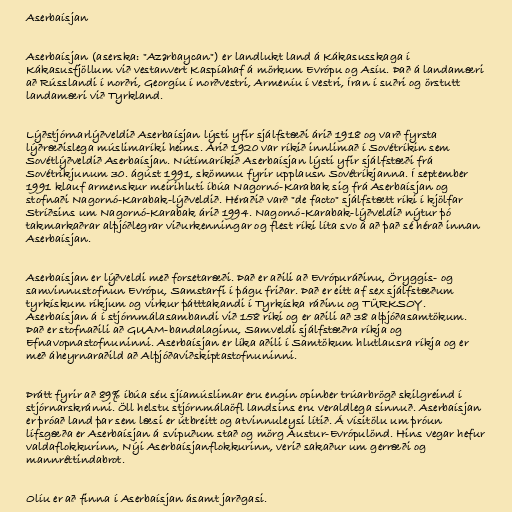
Aserbaísjan

Aserbaísjan (aserska: "Azərbaycan") er landlukt land á Kákasusskaga í
Kákasusfjöllum við vestanvert Kaspíahaf á mörkum Evrópu og Asíu. Það á landamæri
að Rússlandi í norðri, Georgíu í norðvestri, Armeníu í vestri, Íran í suðri og örstutt
landamæri við Tyrkland.

Lýðstjórnarlýðveldið Aserbaísjan lýsti yfir sjálfstæði árið 1918 og varð fyrsta
lýðræðislega múslimaríki heims. Árið 1920 var ríkið innlimað í Sovétríkin sem
Sovétlýðveldið Aserbaísjan. Nútímaríkið Aserbaísjan lýsti yfir sjálfstæði frá
Sovétríkjunum 30. ágúst 1991, skömmu fyrir upplausn Sovétríkjanna. Í september
1991 klauf armenskur meirihluti íbúa Nagornó-Karabak sig frá Aserbaísjan og
stofnaði Nagornó-Karabak-lýðveldið. Héraðið varð "de facto" sjálfstætt ríki í kjölfar
Stríðsins um Nagornó-Karabak árið 1994. Nagornó-Karabak-lýðveldið nýtur þó
takmarkaðrar alþjóðlegrar viðurkenningar og flest ríki líta svo á að það sé hérað innan
Aserbaísjan.

Aserbaísjan er lýðveldi með forsetaræði. Það er aðili að Evrópuráðinu, Öryggis- og
samvinnustofnun Evrópu, Samstarfi í þágu friðar. Það er eitt af sex sjálfstæðum
tyrkískum ríkjum og virkur þátttakandi í Tyrkíska ráðinu og TÜRKSOY.
Aserbaísjan á í stjórnmálasambandi við 158 ríki og er aðili að 38 alþjóðasamtökum.
Það er stofnaðili að GUAM-bandalaginu, Samveldi sjálfstæðra ríkja og
Efnavopnastofnuninni. Aserbaísjan er líka aðili í Samtökum hlutlausra ríkja og er
með áheyrnaraðild að Alþjóðaviðskiptastofnuninni.

Þrátt fyrir að 89% íbúa séu sjíamúslimar eru engin opinber trúarbrögð skilgreind í
stjórnarskránni. Öll helstu stjórnmálaöfl landsins eru veraldlega sinnuð. Aserbaísjan
er þróað land þar sem læsi er útbreitt og atvinnuleysi lítið. Á vísitölu um þróun
lífsgæða er Aserbaísjan á svipuðum stað og mörg Austur-Evrópulönd. Hins vegar hefur
valdaflokkurinn, Nýi Aserbaísjanflokkurinn, verið sakaður um gerræði og
mannréttindabrot.

Olíu er að finna í Aserbaísjan ásamt jarðgasi.